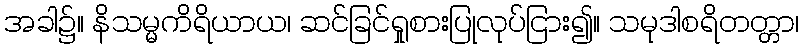
အခါ၌။ နိသမ္မကိရိယာယ၊ ဆင်ခြင်ရှုစားပြုလုပ်ငြား၍။ သမုဒါစရိတတ္တာ၊